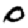
Digit: 0